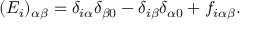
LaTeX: ( E _ { i } ) _ { \alpha \beta } = \delta _ { i \alpha } \delta _ { \beta 0 } - \delta _ { i \beta } \delta _ { \alpha 0 } + f _ { i \alpha \beta } .